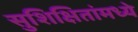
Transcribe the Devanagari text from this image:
सुशिक्षितांमध्ये